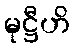
မုဋ္ဌီဟိ